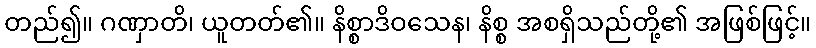
တည်၍။ ဂဏှာတိ၊ ယူတတ်၏။ နိစ္စာဒိဝသေန၊ နိစ္စ အစရှိသည်တို့၏ အဖြစ်ဖြင့်။